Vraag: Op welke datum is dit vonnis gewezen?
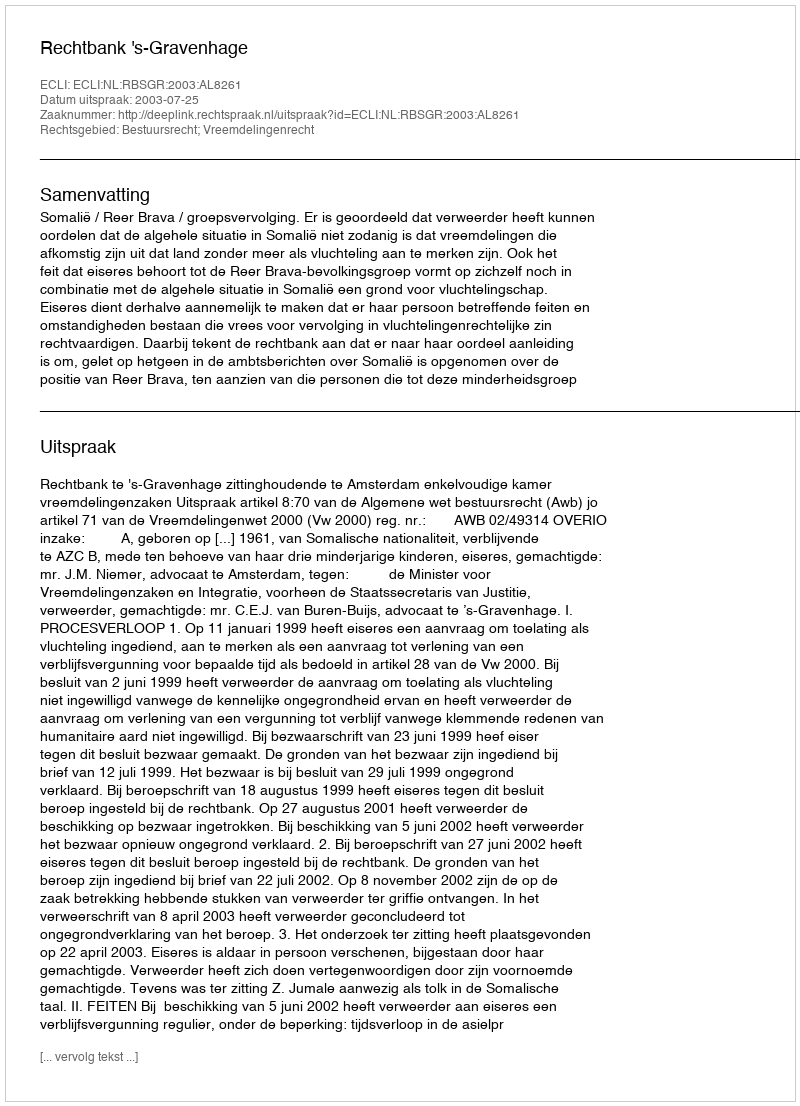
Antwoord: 2003-07-25